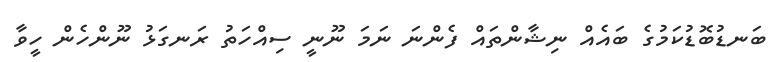
ބަނޑުބޮޑުކަމުގެ ބައެއް ނިޝާންތައް ފެންނަ ނަމަ ނޫނީ ސިއްހަތު ރަނގަޅު ނޫންހެން ހީވާ